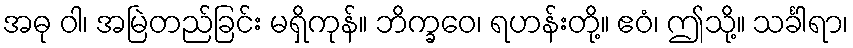
အဓု ဝါ၊ အမြဲတည်ခြင်း မရှိကုန်။ ဘိက္ခဝေ၊ ရဟန်းတို့။ ဧဝံ၊ ဤသို့။ သင်္ခါရာ၊